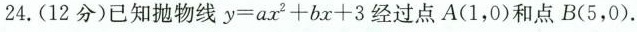
24.(12分)已知抛物线$$y =a x ^ { 2 } + b x + 3$$经过点A(1,0)和点 B(5,0).